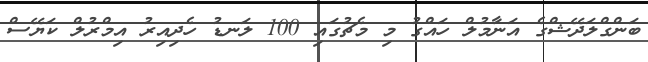
ބަންގްލަދޭޝްގެ އަނާމުލް ހައްގު މި މެޗުގައި 100 ލަނޑު ހެދިއިރު އިމްރުލް ކަޔޭސް